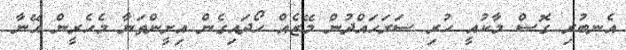
އެނބުރި ގޮސް މާކުއީ ހުރި ސަރަހައްދުން މޭޒެއް ހޯދައިގެން އިށީންތަނާ މެހެރީން އޭނާ